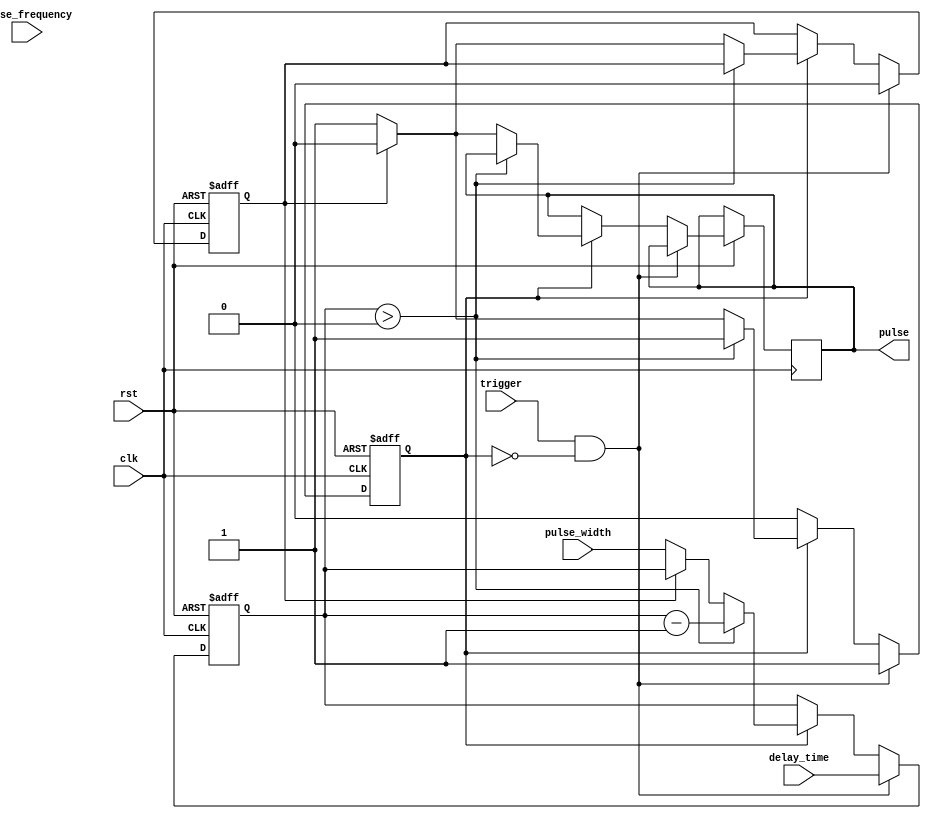
module FallingEdgePulseGenerator(
    input wire clk,
    input wire rst,
    input wire trigger,
    input wire [31:0] delay_time,
    input wire [31:0] pulse_width,
    input wire [31:0] pulse_frequency,
    output reg pulse
);

reg [31:0] counter;
reg pulse_started;
reg pulse_ended;

always @(posedge clk or negedge rst) begin
    if (!rst) begin
        counter <= 0;
        pulse_started <= 0;
        pulse_ended <= 1;
    end else begin
        if (trigger && !pulse_started) begin
            counter <= delay_time;
            pulse_started <= 1;
            pulse_ended <= 0;
        end else if (pulse_started) begin
            if (counter > 0) begin
                counter <= counter - 1;
            end else if (!pulse_ended) begin
                pulse <= 1;
                counter <= pulse_width;
                pulse_ended <= 1;
            end else if (counter > 0) begin
                counter <= counter - 1;
            end else begin
                pulse <= 0;
                pulse_started <= 0;
                pulse_ended <= 0;
            end
        end
    end
end

endmodule